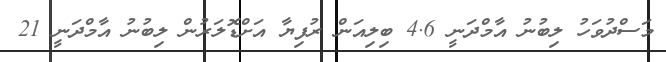
މަސްދުވަހު ލިބުނު އާމްދަނީ 4.6 ބިލިއަން ރުފިޔާ އަށްޑޮލަރުން ލިބުނު އާމްދަނީ 21